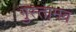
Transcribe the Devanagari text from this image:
गुस्तामव